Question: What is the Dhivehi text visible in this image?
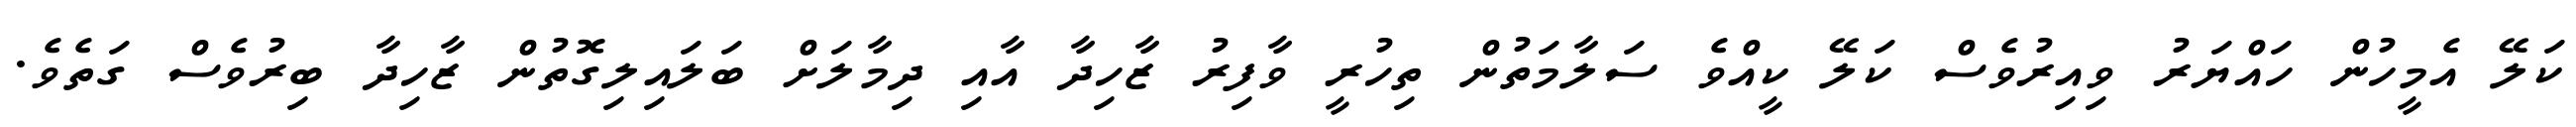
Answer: ކަލޭ އެމީހުން ހައްޔަރު ވިއިރުވެސް ކަލޭ ކީއްވެ ސަލާމަތުން ތިހުރީ ވާފިރު ޒާހިދާ އާއި ދިމާލަށް ބަލައިލިގޮތުން ޒާހިދާ ބިރުވެސް ގަތެވެ.